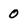
Character: 0